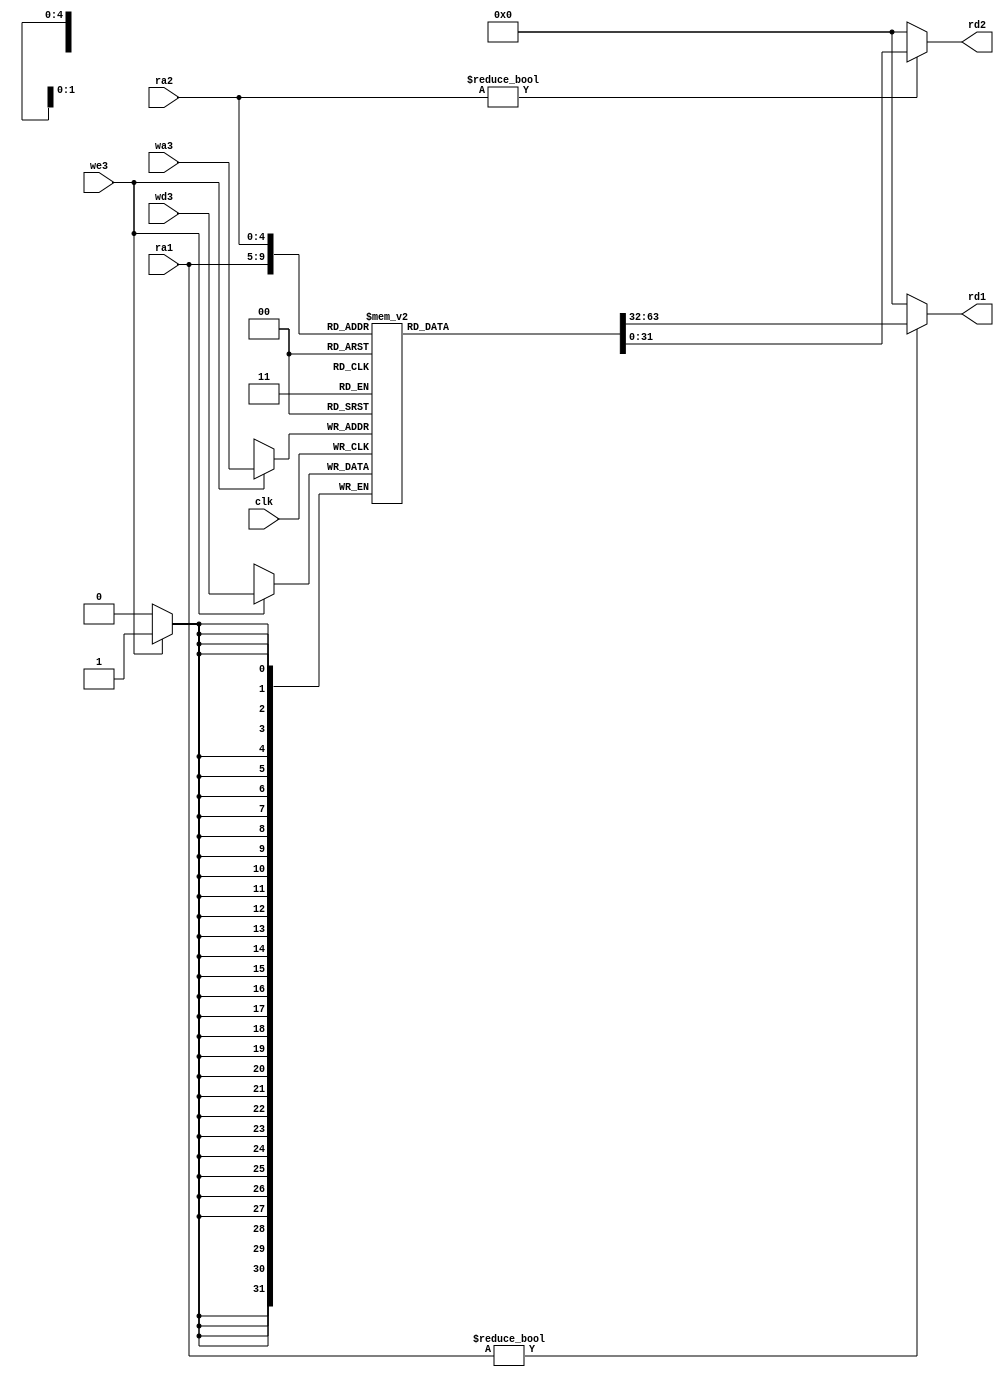
  // has 3 ports for register file 
module regfile (input 	      	clk,
		input 	   	we3,
		input  [4:0] 	ra1, ra2, wa3,
		input  [31:0] 	wd3, 
		output [31:0] 	rd1, rd2);

  reg [31:0] rf[31:0];

  // last port is read on rising edge of clk

  always @(posedge clk)
  	if (we3) rf[wa3] <= wd3;

  assign rd1=(ra1 !=0) ? rf[ra1] : 0;
  assign rd2=(ra2 !=0) ? rf[ra2] : 0; 
endmodule 


module adder(input  [31:0] a, b,
	     output [31:0] y);

  assign y=a+b;
endmodule


module sl2(input   [31:0] a, 
	   output  [31:0] y); 
  // shift left by 2
  assign y = {a[29:0], 2'b00}; 
endmodule


// CHANGES START
// make changes to include functionality for both
// 0 and sign extend 
module extend  (input  [15:0] 	a, 
		input  [2:0]  	controlA,
		input 		dest, 
		output [31:0] 	y);
  assign y = (controlA == 3'b001 & dest == 0) ? {{16'b0}, a} : {{16{a[15]}}, a};
endmodule
// CHANGES END


module flochange  #(parameter WIDTH = 8)
	       (input                  clk, reset,
		input      [WIDTH-1:0] d, 
		output reg [WIDTH-1:0] q);

  always @(posedge clk, posedge reset) 
  	if (reset) q <= 0;
	else       q <= d;
endmodule


module mux2   #(parameter WIDTH = 8)
	       (input  [WIDTH-1:0] d0, d1,
		input      	   s, 
		output [WIDTH-1:0] y);
  assign y=s ? d1 : d0; 
endmodule